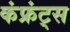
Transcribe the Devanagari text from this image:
कंफ्रंट्स